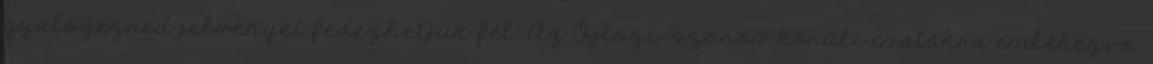
gyalogezred jelvényét fedezhetjük fel. Az Ojtozi-szoros körüli csatákra emlékezve,